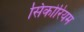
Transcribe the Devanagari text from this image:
सिकोरियम